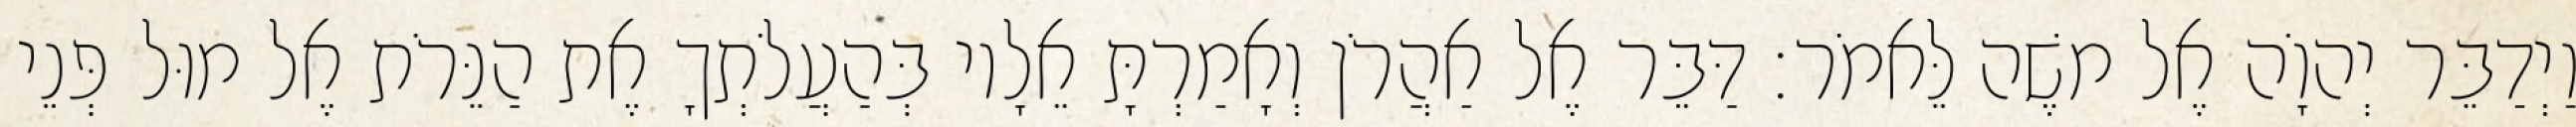
וַיְדַבֵּר יְהוָֹה אֶל משֶׁה לֵּאמֹר׃ דַּבֵּר אֶל אַהֲרֹן וְאָמַרְתָּ אֵלָיו בְּהַעֲלֹתְךָ אֶת הַנֵּרֹת אֶל מוּל פְּנֵי